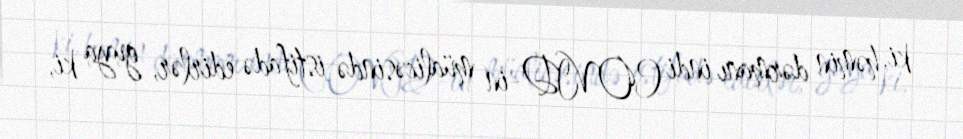
ki, həmin dərmanı indi COVID-in müalicəsində istifadə edirlər, guya ki,